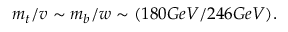
m _ { t } / v \sim m _ { b } / w \sim ( 1 8 0 G e V / 2 4 6 G e V ) .